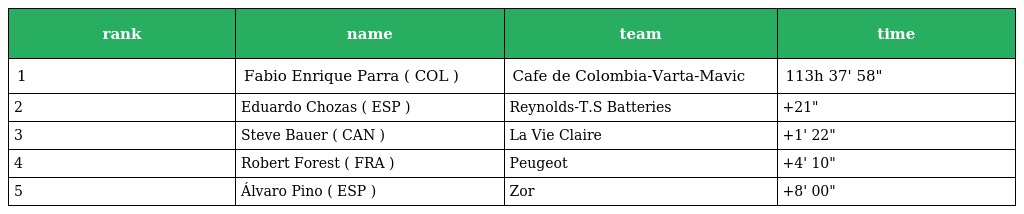
| rank | name | team | time |
 | --- | --- | --- | --- |
 | 1 | Fabio Enrique Parra ( COL ) | Cafe de Colombia-Varta-Mavic | 113h 37' 58" |
 | 2 | Eduardo Chozas ( ESP ) | Reynolds-T.S Batteries | +21" |
 | 3 | Steve Bauer ( CAN ) | La Vie Claire | +1' 22" |
 | 4 | Robert Forest ( FRA ) | Peugeot | +4' 10" |
 | 5 | Álvaro Pino ( ESP ) | Zor | +8' 00" |